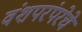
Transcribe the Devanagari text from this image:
वंशपरंपरेचे